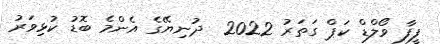
ފީފާ ވޯލްޑް ކަޕް ގަތަރު 2022  ދުނިޔޭގެ އެންމެ ބޮޑު ކުޅިވަރު